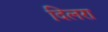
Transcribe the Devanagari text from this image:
दिलरा